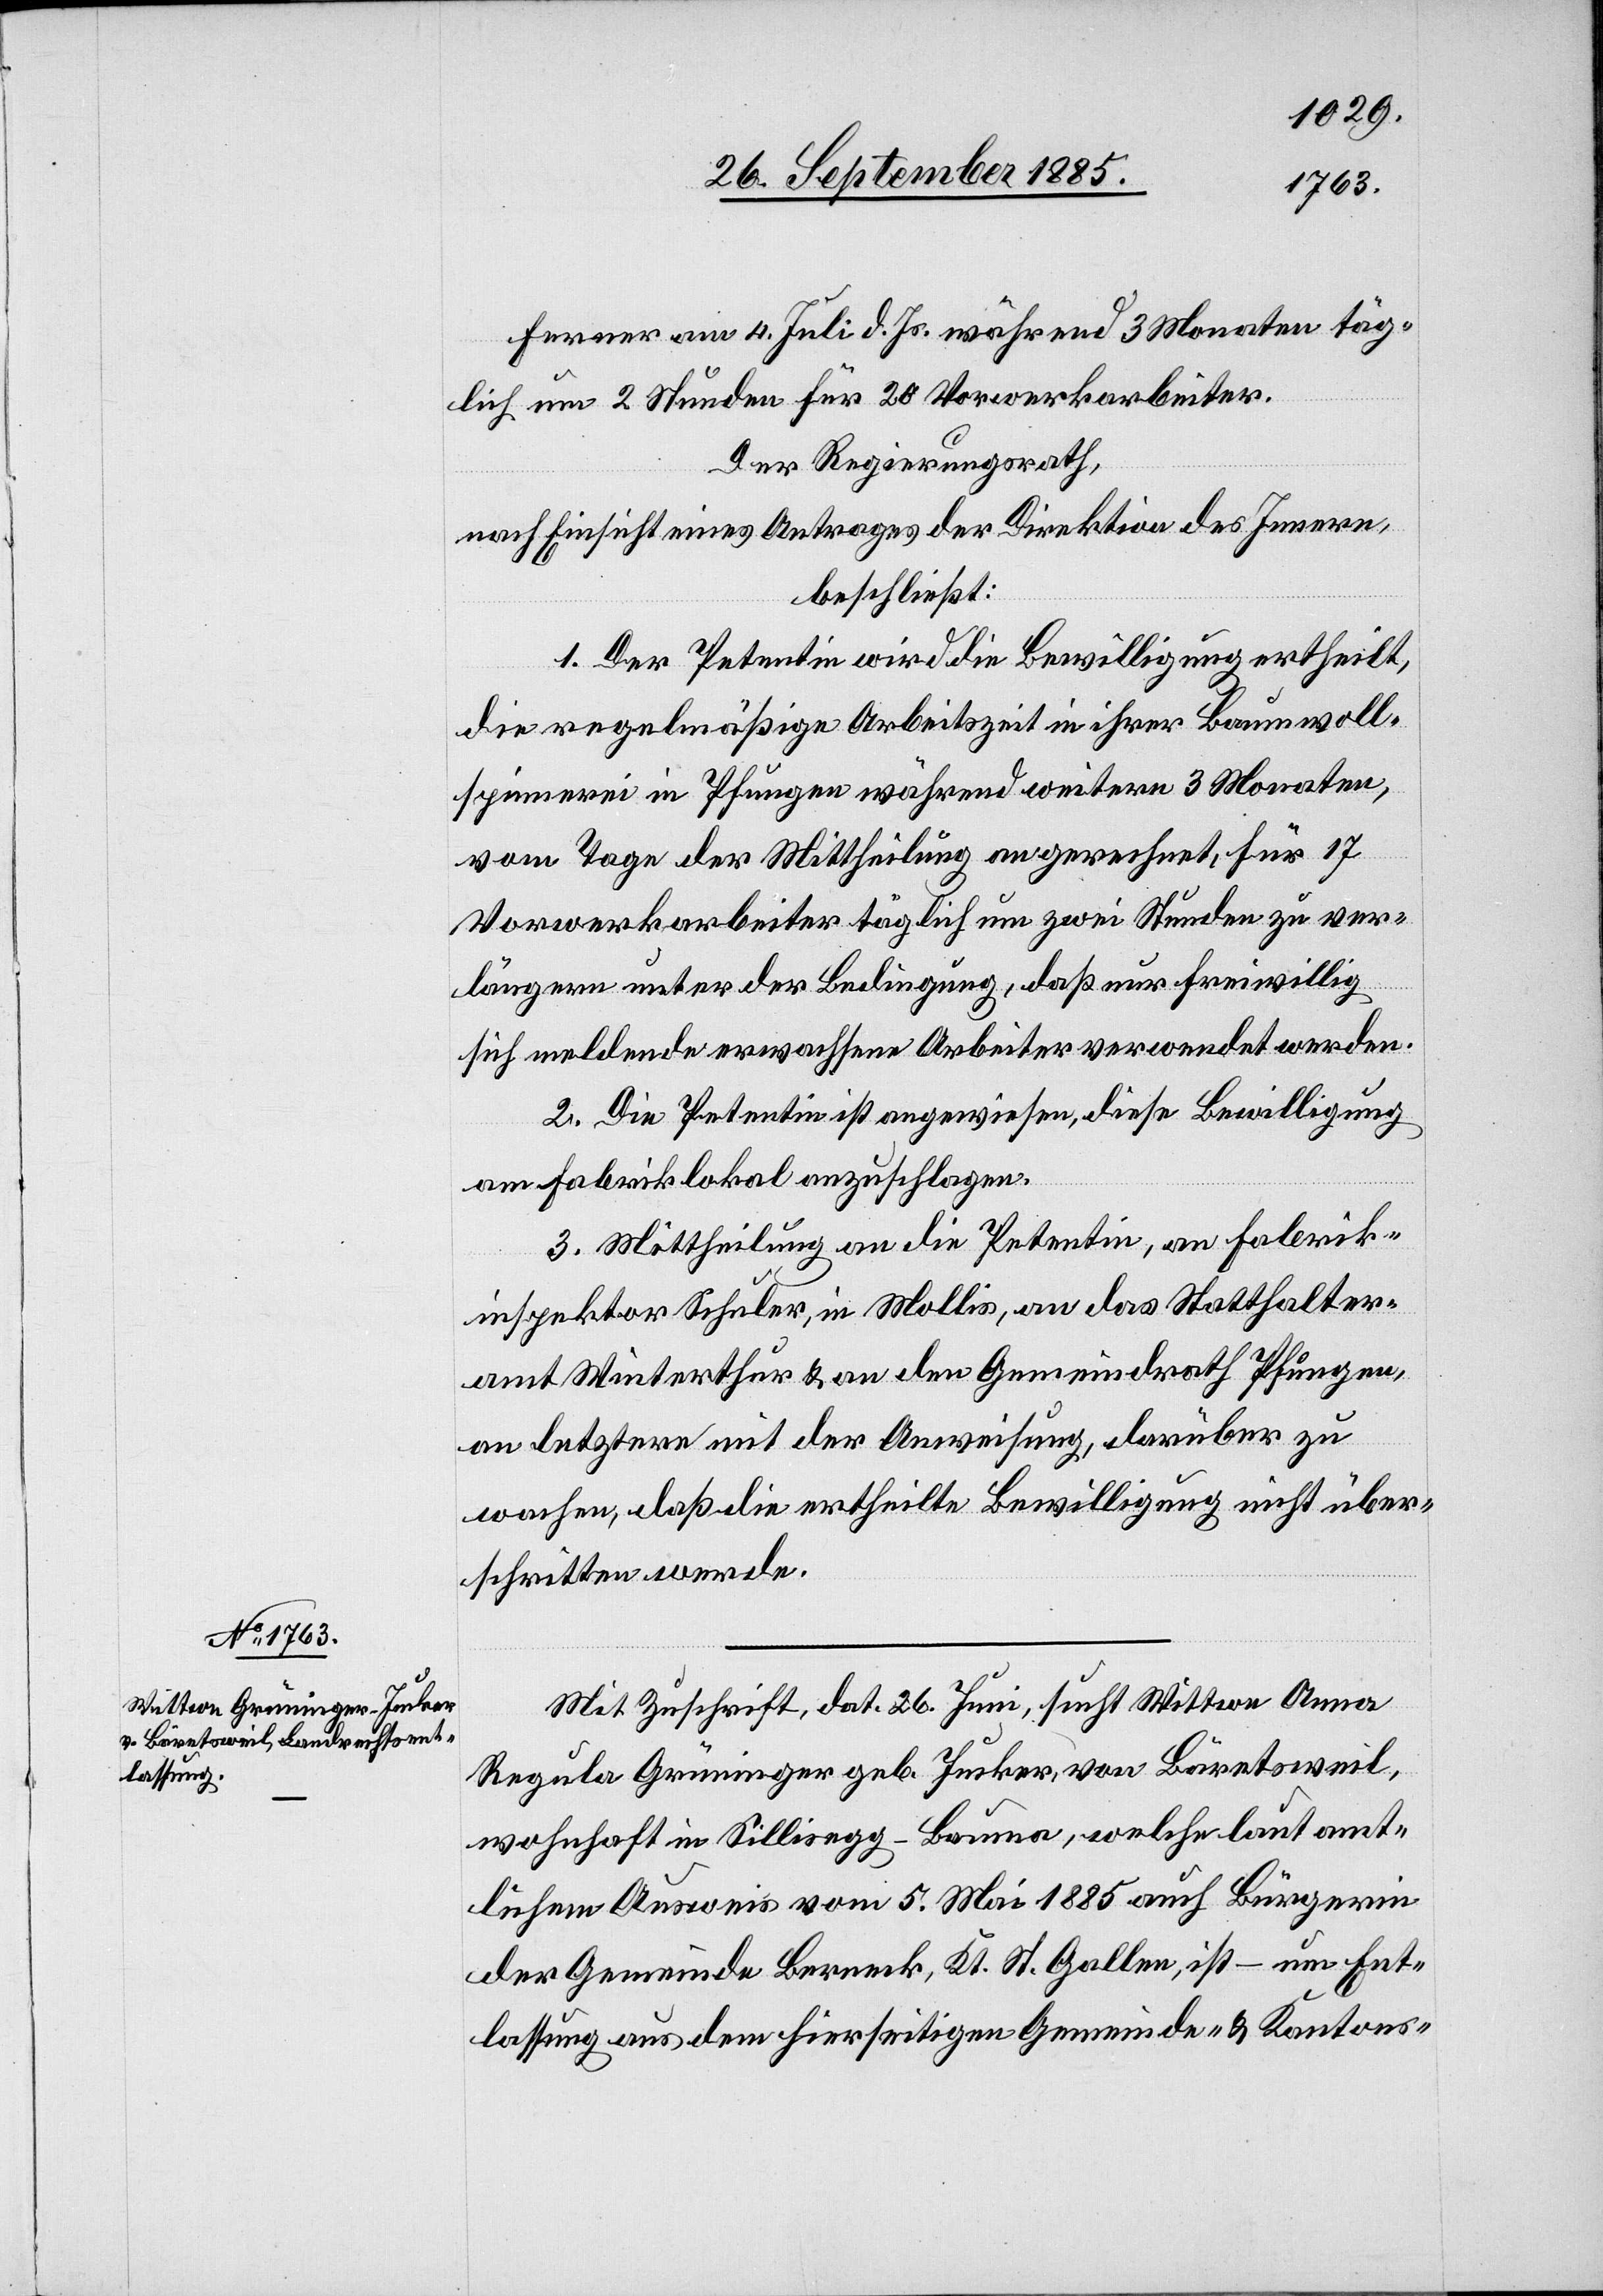
Ferner am 4. Juli d. Js. während 3 Monaten täg¬
lich um 2 Stunden für 20 Vorwerkarbeiter.
Der Regierungsrath,
nach Einsicht eines Antrages der Direktion des Innern,
beschließt:
1. Der Petentin wird die Bewilligung ertheilt,
die regelmäßige Arbeitszeit in ihrer Baumwoll¬
spinnerei in Pfungen während weitern 3 Monaten,
vom Tage der Mittheilung an gerechnet, für 17
Vorwerkarbeiter täglich um zwei Stunden zu ver¬
längern unter der Bedingung, daß nur freiwillig
sich meldende erwachsene Arbeiter verwendet werden.
2. Die Petentin ist angewiesen, diese Bewilligung
am Fabriklokal anzuschlagen.
3. Mittheilung an die Petentin, an Fabrik¬
inspektor Schuler, in Mollis, an das Statthalter¬
amt Winterthur & an den Gemeindrath Pfungen,
an letztern mit der Anweisung, darüber zu
wachen, daß die ertheilte Bewilligung nicht über¬
schritten werde.
Mit Zuschrift, dat. 26. Juni, sucht Wittwe Anna
Regula Grüninger geb. Jucker, von Bäretsweil,
wohnhaft in Silisegg - Bauma, welche laut amt¬
lichem Ausweis vom 5. Mai 1885 auch Bürgerin
der Gemeinde Berneck, Kt. St. Gallen, ist – um Ent¬
lassung aus dem hierseitigen Gemeinde- & Kantons-